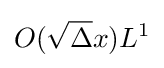
O({\sqrt {\Delta }}x)L^{1}